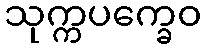
သုက္ကပက္ခေဝ